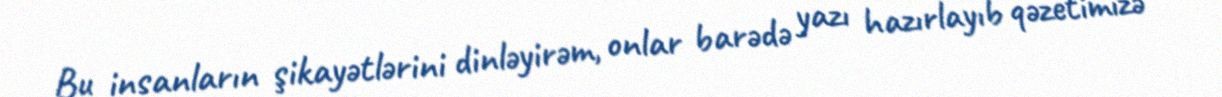
Bu insanların şikayətlərini dinləyirəm, onlar barədə yazı hazırlayıb qəzetimizə